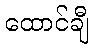
ထောင်ချီ